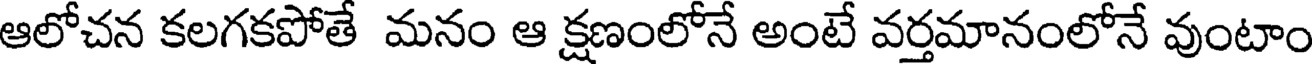
ఆలోచన కలగకపోతే మనం ఆ క్షణంలోనే అంటే వర్తమానంలోనే వుంటాం